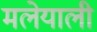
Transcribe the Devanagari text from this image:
मलेयाली